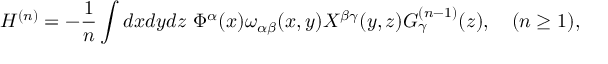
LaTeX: H ^ { ( n ) } = - \frac { 1 } { n } \int d x d y d z ~ \Phi ^ { \alpha } ( x ) \omega _ { \alpha \beta } ( x , y ) X ^ { \beta \gamma } ( y , z ) G _ { \gamma } ^ { ( n - 1 ) } ( z ) , ~ ~ ~ ( n \geq 1 ) ,